Civil Veterinary Department Bengal reports 1923-33 - 1923-1933
Year: 1923
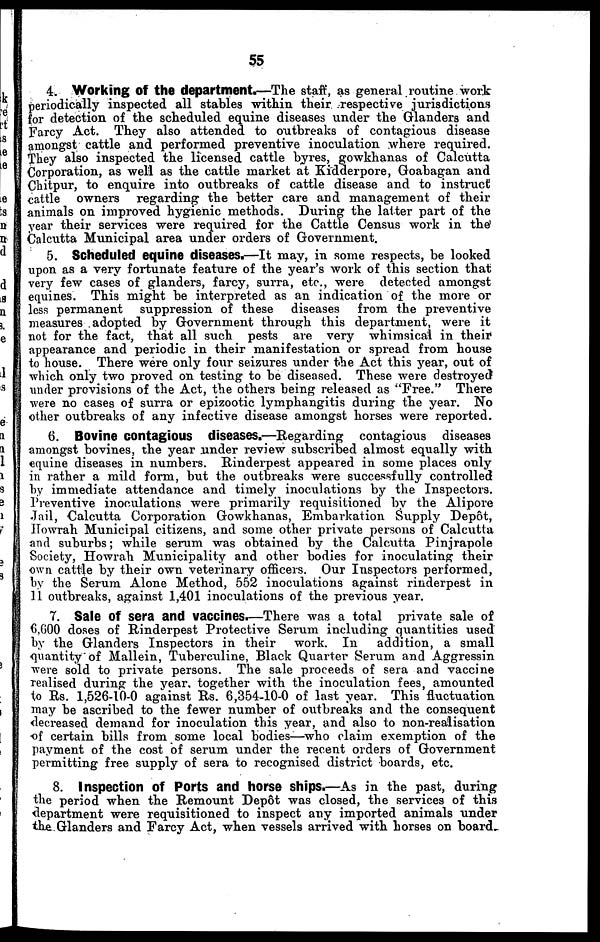
55
4. Working Of the department.—The staff, as general routine work
periodically inspected all stables within their respective jurisdictions
for detection of the scheduled equine diseases under the Glanders and
Farcy Act. They also attended to outbreaks of contagious disease
amongst cattle and performed preventive inoculation where required.
They also inspected the licensed cattle byres, gowkhanas of Calcutta
Corporation, as well as the cattle market at Kidderpore, Goabagan and
Chitpur, to enquire into outbreaks of cattle disease and to instruct
cattle owners regarding the better care and management of their
animals on improved hygienic methods. During the latter part of the
year their services were required for the Cattle Census work in the
Calcutta Municipal area under orders of Government.
5. Scheduled equine diseases.—It may, in some respects, be looked
upon as a very fortunate feature of the year's work of this section that
very few cases of glanders, farcy, surra, etc., were detected amongst
equines. This might be interpreted as an indication of the more or
less permanent suppression of these diseases from the preventive
measures adopted by Government through this department, were it
not for the fact, that all such pests are very whimsical in their
appearance and periodic in their manifestation or spread from house
to house. There were only four seizures under the Act this year, out of
which only two proved on testing to be diseased. These were destroyed
under previsions of the Act, the others being released as "Free." There
were no cases of surra or epizootic lymphangitis during the year. No
other outbreaks of any infective disease amongst horses were reported.
6. Bovine contagious diseases.—Regarding contagious diseases
amongst bovines, the year under review subscribed almost equally with
equine diseases in numbers. Rinderpest appeared in some places only
in rather a mild form, but the outbreaks were successfully controlled
by immediate attendance and timely inoculations by the Inspectors.
Preventive inoculations were primarily requisitioned by the Alipore
Jail, Calcutta Corporation Gowkhanas, Embarkation Supply Depot,
Howrah Municipal citizens, and some other private persons of Calcutta
and suburbs; while serum was obtained by the Calcutta Pinjrapole
Society, Howrah Municipality and other bodies for inoculating their
own cattle by their own veterinary officers. Our Inspectors performed,
by the Serum Alone Method, 552 inoculations against rinderpest in
11 outbreaks, against 1,401 inoculations of the previous year.
7. Sale Of sera and vaccines.—There was a total private sale of
6,600 doses of Rinderpest Protective Serum including quantities used
by the Glanders Inspectors in their
work. In
addition, a small
quantity of Mallein, Tuberculine, Black Quarter Serum and Aggressin
were sold to private persons. The sale proceeds of sera and vaccine
realised during the year, together with the inoculation fees, amounted
to Rs. 1,526-10-0 against Rs. 6,354-10-0 of last year. This fluctuation
may be ascribed to the fewer number of outbreaks and the consequent
decreased demand for inoculation this year, and also to non-realisation
of certain bills from some local bodies—who claim exemption of the
payment of the cost of serum under the recent orders of Government
permitting free supply of sera to recognised district boards, etc.
8. Inspection of Ports and horse ships.—As in the past, during
the period when the Remount Depot was closed, the services of this
department were requisitioned to inspect any imported animals under
the Glanders and Farcy Act, when vessels arrived with horses on board.